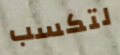
لتكسب